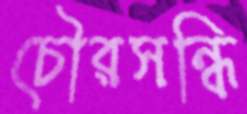
চৌরসন্ধি